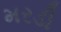
મરડી